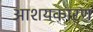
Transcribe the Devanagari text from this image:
आशयकारण